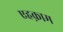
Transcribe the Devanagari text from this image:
एहक़ाम